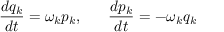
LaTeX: \frac { d q _ { k } } { d t } = \omega _ { k } p _ { k } , ~ ~ ~ ~ ~ \frac { d p _ { k } } { d t } = - \omega _ { k } q _ { k }